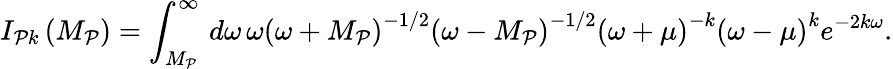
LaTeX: I_{\mathcal{P}k}\left(M_{\mathcal{P}}\right)=\int_{M_{\mathcal{P}}}^{\infty}\, d\omega\, \omega\left(\omega+M_{\mathcal{P}}\right)^{-1/2}\left(\omega-M_{\mathcal{P}}\right)^{-1/2}\left(\omega+\mu\right)^{-k}\left(\omega-\mu\right)^{k}e^{-2k\omega}.